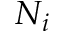
N _ { i }